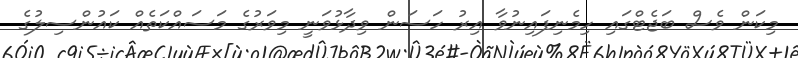
މިކަން ވެސް ބަޖެޓްގައި ހިމެނިފައިނުވާ އިރު ހަސަން ވިދާޅުވަނީ މިވަރުގެ މަސައްކަތެއް ކައުންސިލުގެ